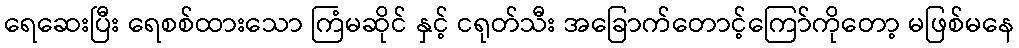
ရေဆေးပြီး ရေစစ်ထားသော ကြံမဆိုင် နှင့် ငရုတ်သီး အခြောက်တောင့်ကြော်ကိုတော့ မဖြစ်မနေ